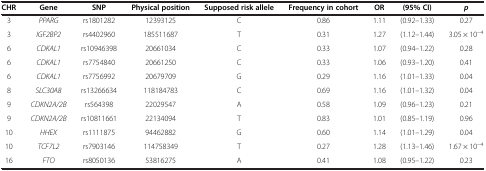
| CHR | Gene | SNP | Physical position | Supposed risk allele | Frequency in cohort | OR | (95% CI) | p |
 | --- | --- | --- | --- | --- | --- | --- | --- | --- |
 | 3 | PPARG | rs1801282 | 12393125 | C | 0.86 | 1.11 | (0.92–1.33) | 0.27 |
 | 3 | IGF2BP2 | rs4402960 | 185511687 | T | 0.31 | 1.27 | (1.12–1.44) | 3.05 × 10-4 |
 | 6 | CDKAL1 | rs10946398 | 20661034 | C | 0.33 | 1.07 | (0.94–1.22) | 0.28 |
 | 6 | CDKAL1 | rs7754840 | 20661250 | C | 0.33 | 1.06 | (0.93–1.20) | 0.41 |
 | 6 | CDKAL1 | rs7756992 | 20679709 | G | 0.29 | 1.16 | (1.01–1.33) | 0.04 |
 | 8 | SLC30A8 | rs13266634 | 118184783 | C | 0.69 | 1.16 | (1.01–1.32) | 0.04 |
 | 9 | CDKN2A/2B | rs564398 | 22029547 | A | 0.58 | 1.09 | (0.96–1.23) | 0.21 |
 | 9 | CDKN2A/2B | rs10811661 | 22134094 | T | 0.83 | 1.01 | (0.85–1.19) | 0.96 |
 | 10 | HHEX | rs1111875 | 94462882 | G | 0.60 | 1.14 | (1.01–1.29) | 0.04 |
 | 10 | TCF7L2 | rs7903146 | 114758349 | T | 0.27 | 1.28 | (1.13–1.46) | 1.67 × 10-4 |
 | 16 | FTO | rs8050136 | 53816275 | A | 0.41 | 1.08 | (0.95–1.22) | 0.23 |